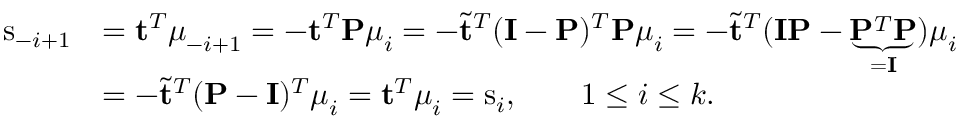
\begin{array} { r l } { \mathrm { s } _ { - i + 1 } } & { = \mathbf { t } ^ { T } \boldsymbol { \mu } _ { - i + 1 } = - \mathbf { t } ^ { T } \mathbf { P } \boldsymbol { \mu } _ { i } = - \tilde { \mathbf { t } } ^ { T } ( \mathbf { I } - \mathbf { P } ) ^ { T } \mathbf { P } \boldsymbol { \mu } _ { i } = - \tilde { \mathbf { t } } ^ { T } ( \mathbf { I } \mathbf { P } - \underbrace { \mathbf { P } ^ { T } \mathbf { P } } _ { = \mathbf { I } } ) \boldsymbol { \mu } _ { i } } \\ & { = - \tilde { \mathbf { t } } ^ { T } ( \mathbf { P } - \mathbf { I } ) ^ { T } \boldsymbol { \mu } _ { i } = \mathbf { t } ^ { T } \boldsymbol { \mu } _ { i } = \mathrm { s } _ { i } , \qquad 1 \leq i \leq k . } \end{array}